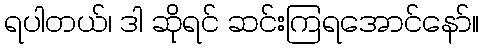
ရပါတယ်၊ ဒါ ဆိုရင် ဆင်းကြရအောင်နော်။